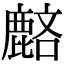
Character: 𪊺